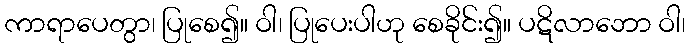
ကာရာပေတွာ၊ ပြုစေ၍။ ဝါ၊ ပြုပေးပါဟု စေခိုင်း၍။ ပဋိလာဘော ဝါ၊